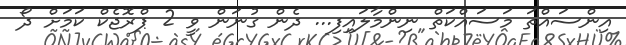
އިންސައްތަ މަސައްކަތް ނިންމާލައިފި... ދެން ގުނަން ވީ 2 ޕްރޮޖެކް ކަމަށް ދޯ